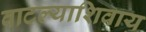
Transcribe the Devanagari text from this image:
वाटल्याशिवाय